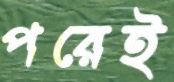
পরেই